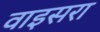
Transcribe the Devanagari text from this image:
वाइसरा